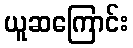
ယူဆကြောင်း